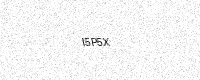
Text: I5P5X